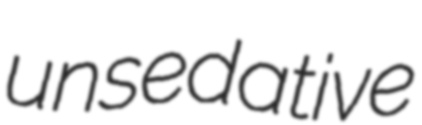
unsedative